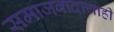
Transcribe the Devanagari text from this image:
समाजवादाचाही